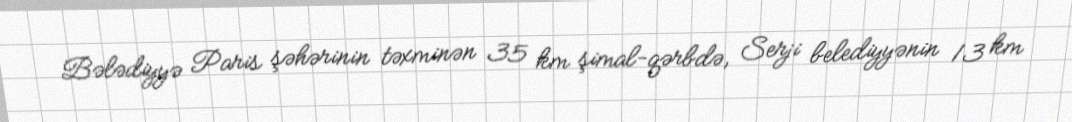
Bələdiyyə Paris şəhərinin təxminən 35 km şimal-qərbdə, Serji belediyyənin 13 km